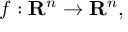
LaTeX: f : \mathbf { R } ^ { n } \rightarrow \mathbf { R } ^ { n } ,